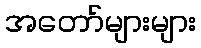
အတော်များများ